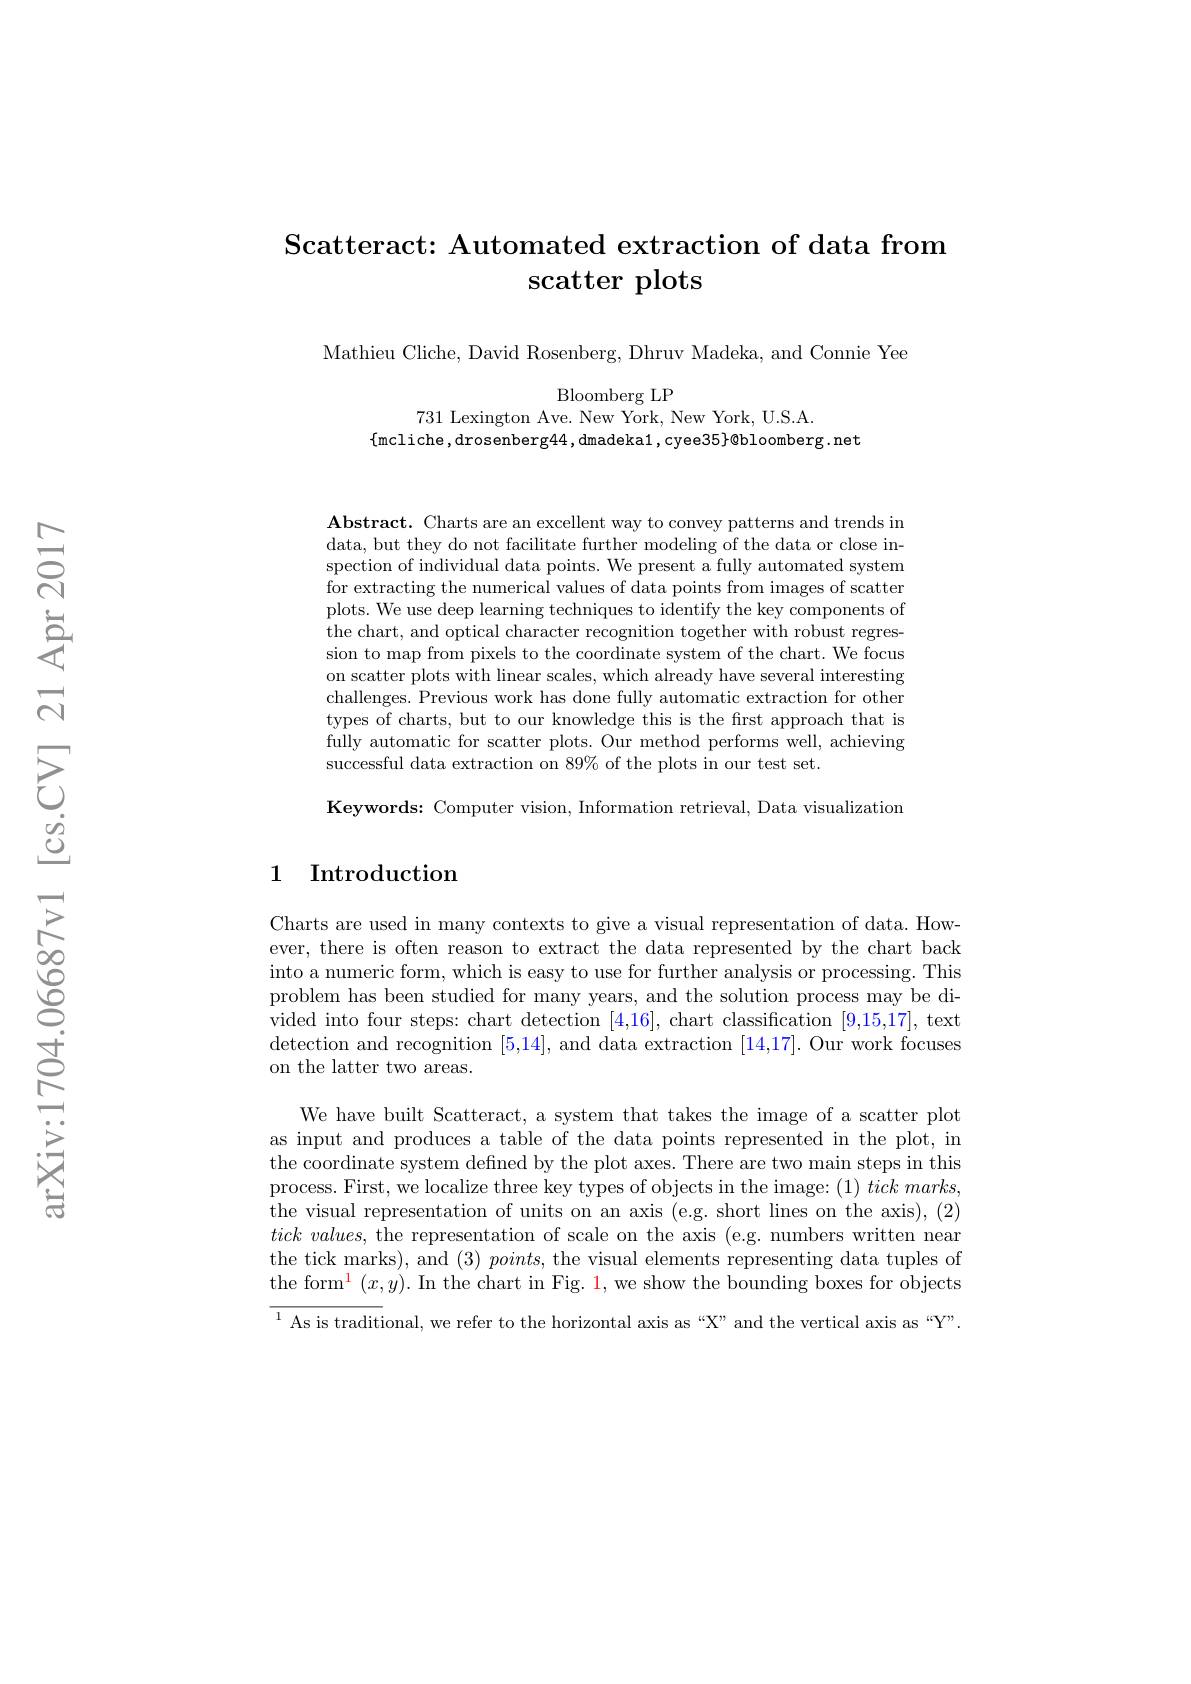
# Scatteract: Automated extraction of data from $\operatorname{scatter}$ plots

Mathieu Cliche, David Rosenberg, Dhruv Madeka, and Connie Yee

Bloomberg LP
731 Lexington Ave. New York, New York, U.S.A
$\{$mcliche,drosenberg44,dmadeka1,cyee35}@bloomberg.net

$\mathbf{Abstract.~Charts~are~an~excellent~way~to~convey~patterns~and~trends~in}$ data, but they do not facilitate further modeling of the data or close inspection of individual data points. We present a fully automated system for extracting the numerical values of data points from images of scatter plots. We use deep learning techniques to identify the key components of the chart, and optical character recognition together with robust regression to map from pixels to the coordinate system of the chart. We focus on scatter plots with linear scales, which already have several interesting challenges. Previous work has done fully automatic extraction for other types of charts, but to our knowledge this is the first approach that is fully automatic for scatter plots. Our method performs well, achieving successful data extraction on 89% of the plots in our test set.

Keywords: Computer vision, Information retrieval, Data visualization

## 1 Introduction

Charts are used in many contexts to give a visual representation of data. However, there is often reason to extract the data represented by the chart back into a numeric form, which is easy to use for further analysis or processing. This problem has been studied for many years, and the solution process may be divided into four steps: chart detection [4,16], chart classification [9,15,17], text detection and recognition [5,14], and data extraction [14,17]. Our work focuses on the latter two areas.

We have built Scatteract, a system that takes the image of a scatter plot as input and produces a table of the data points represented in the plot, in the coordinate system defined by the plot axes. There are two main steps in this process. First, we localize three key types of objects in the image: $( 1) \textit{tick marks, }$ the visual representation of units on an axis (e.g. short lines on the axis), (2) $tick\textit{ values, the representation of scale on the axis ( e. g. numbers written near}$ the tick marks), and (3) points, the visual elements representing data tuples of the form$^{\color{red}1}\left(x,y\right).$ In the chart in Fig. 1, we show the bounding boxes for objects ${^{1}\text{ As is traditional, we refer to the horizontal axis as“X”and the vertical axis as“Y”}}.$